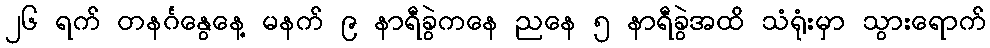
၂၆ ရက် တနင်္ဂနွေနေ့ မနက် ၉ နာရီခွဲကနေ ညနေ ၅ နာရီခွဲအထိ သံရုံးမှာ သွားရောက်